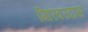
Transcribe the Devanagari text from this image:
गिरिवरदास